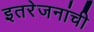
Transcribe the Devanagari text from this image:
इतरेजनांची